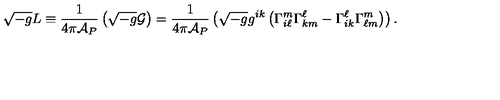
\sqrt { - g } L \equiv { \frac { 1 } { 4 \pi { \cal A } _ { P } } } \left( \sqrt { - g } { \cal G } \right) = { \frac { 1 } { 4 \pi { \cal A } _ { P } } } \left( \sqrt { - g } g ^ { i k } \left( \Gamma _ { i \ell } ^ { m } \Gamma _ { k m } ^ { \ell } - \Gamma _ { i k } ^ { \ell } \Gamma _ { \ell m } ^ { m } \right) \right) .